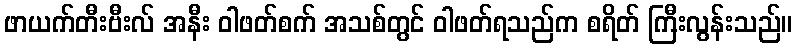
ဖာယက်တီးဗီးလ် အနီး ဝါဖတ်စက် အသစ်တွင် ဝါဖတ်ရသည်က စရိတ် ကြီးလွန်းသည်။